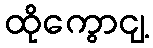
ထိုကွောငျ့